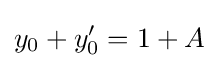
y_{0}+y'_{0}=1+A